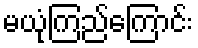
မယုံကြည်ကြောင်း